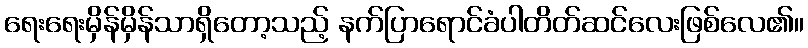
ရေးရေးမှိန်မှိန်သာရှိတော့သည့် နက်ပြာရောင်ခံပါတိတ်ဆင်လေးဖြစ်လေ၏။